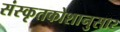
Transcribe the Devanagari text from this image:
संस्कृतकोशानुसार